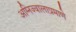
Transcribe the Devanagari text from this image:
अग्निज्वालाप्रमाणे